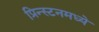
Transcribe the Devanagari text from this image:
प्रिन्स्टनमध्ये